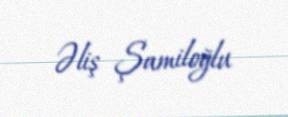
Əliş Şamiloğlu